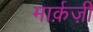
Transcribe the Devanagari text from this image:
मार्क़ज़ी